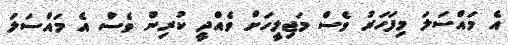
އެ މައްސަލަ މިފަހަރު ވެސް މަޖިލީހަށް ވެއްދީ ކުރިން ވެސް އެ މައްސަލަ